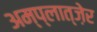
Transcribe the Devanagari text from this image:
अम्प्लात्ज़ेर